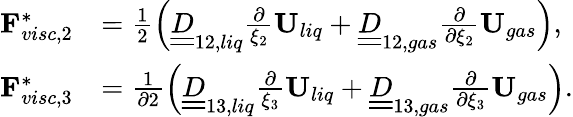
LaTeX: \begin{array}{rl}{\mathbf{F}_{visc,2}^{*}}&{=\frac{1}{2}\left(\underline{{\underline{{D}}}}_{12,liq}\frac{\partial}{\xi_{2}}\mathbf{U}_{liq}+\underline{{\underline{{D}}}}_{12,gas}\frac{\partial}{\partial\xi_{2}}\mathbf{U}_{gas}\right),}\\ {\mathbf{F}_{visc,3}^{*}}&{=\frac{1}{\partial 2}\left(\underline{{\underline{{D}}}}_{13,liq}\frac{\partial}{\xi_{3}}\mathbf{U}_{liq}+\underline{{\underline{{D}}}}_{13,gas}\frac{\partial}{\partial\xi_{3}}\mathbf{U}_{gas}\right).}\end{array}